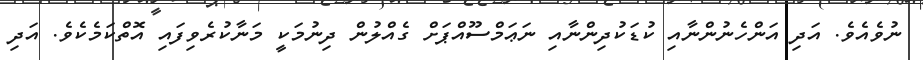
ނުވެއެވެ. އަދި އަންހެނުންނާއި ކުޑަކުދިންނާއި ނަޢަމްސޫއްޕަށް ގެއްލުން ދިނުމަކީ މަނާކުރެވިފައި އޮތްކަމެކެވެ. އަދި